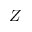
Z